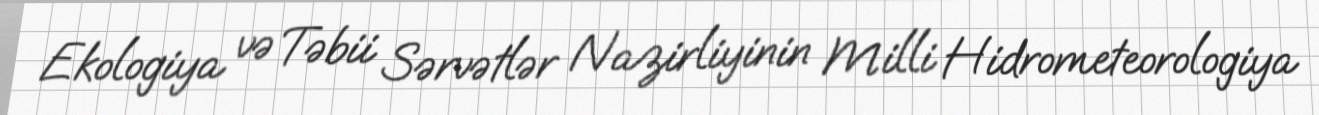
Ekologiya və Təbii Sərvətlər Nazirliyinin Milli Hidrometeorologiya